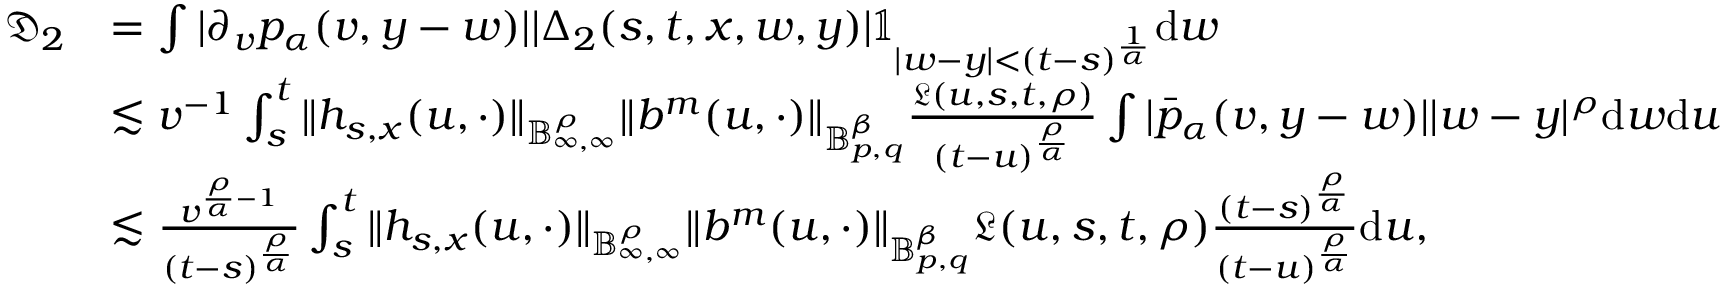
\begin{array} { r l } { \mathfrak { D } _ { 2 } } & { = \int | \partial _ { v } p _ { \alpha } ( v , y - w ) | | \Delta _ { 2 } ( s , t , x , w , y ) | \mathbb { 1 } _ { | w - y | < ( t - s ) ^ { \frac { 1 } { \alpha } } } \mathrm { d } w } \\ & { \lesssim v ^ { - 1 } \int _ { s } ^ { t } \Vert h _ { s , x } ( u , \cdot ) \Vert _ { \mathbb { B } _ { \infty , \infty } ^ { \rho } } \Vert b ^ { m } ( u , \cdot ) \Vert _ { \mathbb { B } _ { p , q } ^ { \beta } } \frac { \mathfrak { L } ( u , s , t , \rho ) } { ( t - u ) ^ { \frac { \rho } { \alpha } } } \int | \bar { p } _ { \alpha } ( v , y - w ) | | w - y | ^ { \rho } \mathrm { d } w \mathrm { d } u } \\ & { \lesssim \frac { v ^ { \frac { \rho } { \alpha } - 1 } } { ( t - s ) ^ { \frac { \rho } { \alpha } } } \int _ { s } ^ { t } \Vert h _ { s , x } ( u , \cdot ) \Vert _ { \mathbb { B } _ { \infty , \infty } ^ { \rho } } \Vert b ^ { m } ( u , \cdot ) \Vert _ { \mathbb { B } _ { p , q } ^ { \beta } } \mathfrak { L } ( u , s , t , \rho ) \frac { ( t - s ) ^ { \frac { \rho } { \alpha } } } { ( t - u ) ^ { \frac { \rho } { \alpha } } } \mathrm { d } u , } \end{array}